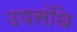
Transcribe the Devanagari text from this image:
उपसंधि